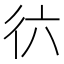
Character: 𢓌